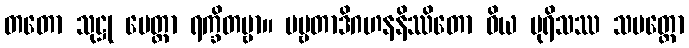
တတော သုဋ္ဌု မေတ္တာ ရက္ခိတဗ္ဗာ။ ပဗ္ဗတာဒိဂဟနနိဿိတော ဝိယ ပုရိသဿ သပတ္တော